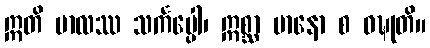
ဣတိ ဗာလဿ သင်္ကပ္ပေါ၊ ဣစ္ဆာ မာနော စ ဝဍ္ဎုတိ။